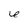
Character: 6